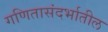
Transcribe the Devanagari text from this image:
गणितासंदर्भातील